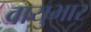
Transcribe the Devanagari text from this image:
वायुभार